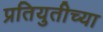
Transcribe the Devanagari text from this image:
प्रतियुतीच्या